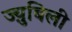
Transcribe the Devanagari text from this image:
ज्य़ुबिली